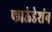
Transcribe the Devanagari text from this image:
फाऊंडेशंन